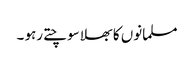
مسلمانوں کا بھلا سوچتے رہو ۔